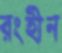
রংহীন